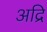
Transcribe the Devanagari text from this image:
अद्रि